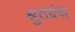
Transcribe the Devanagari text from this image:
श्रुतग्रंथ